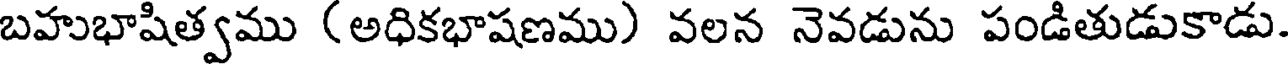
బహుభాషిత్వము (అధికభాషణము) వలన నెవడును పండితుడుకాడు.